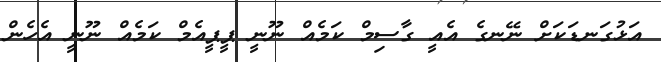
އަޅުގަނޑަކަށް ނޭނގެ އެއީ ގާސިމް ކަމެއް ނޫނީ ޕީޕީއެމް ކަމެއް ނޫނީ އެހެން